Leaving Certificate Examination, 1912
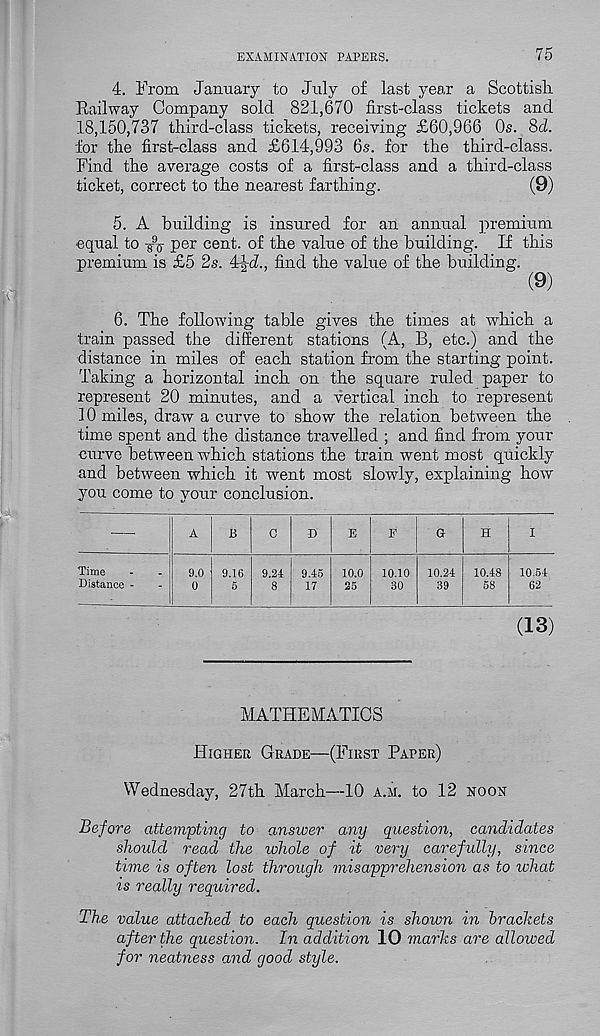
EXAMINATION PAPERS.
75
4. From January to July of last year a Scottish
Railway Company sold 821,670 first-class tickets and
18,150,737 third-class tickets, receiving £60,966 Os. 8d.
for the first-class and £614,993 6s. for the third-class.
Find the average costs of a first-class and a third-class
ticket, correct to the nearest farthing.
(9)
5. A building is insured for an annual premium
equal to
per cent, of the value of the building. If this
premium is £5 2s. 4-kL find the value of the building.
(9)
6. The following table gives the times at which a
train passed the different stations (A, B, etc.) and the
distance in miles of each station from the starting point.
Taking a horizontal inch on the square ruled paper to
represent 20 minutes, and a vertical inch to represent
10 miles, draw a curve to show the relation between the
time spent and the distance travelled ; and find from your
curve between which stations the train went most quickly
and between which it went most slowly, explaining how
you come to your conclusion.
(13)
MATHEMATICS
Higher Grade—(First Paper)
Wednesday, 27th March—10 a.m. to 12 noon
Before attempting to answer any question, candidates
should read the lohole of it very carefully, since
time is often lost through misapprehension as to what
is really required.
The value attached to each question is shown in brackets
after the question. In addition 10 marks are allowed
for neatness and good style.